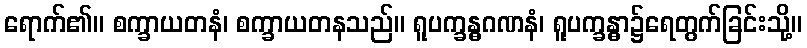
ရောက်၏။ စက္ခာယတနံ၊ စက္ခာယတနသည်။ ရူပက္ခန္ဓဂဏနံ၊ ရူပက္ခန္ဓာ၌ရေတွက်ခြင်းသို့။